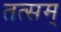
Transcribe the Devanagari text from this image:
तत्सम्